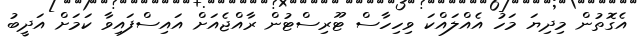
އެގޮތުން މިދިޔަ މަހު އެއްލައްކަ ވިހިހާސް ޓޫރިސްޓުން ރާއްޖެއަށް އައިސްފައިވާ ކަމަށް އަދީބު